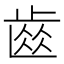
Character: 𮮽